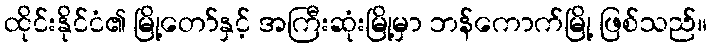
ထိုင်းနိုင်ငံ၏ မြို့တော်နှင့် အကြီးဆုံးမြို့မှာ ဘန်ကောက်မြို့ ဖြစ်သည်။